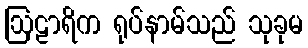
ဩဠာရိက ရုပ်နာမ်သည် သုခုမ